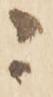
ニ